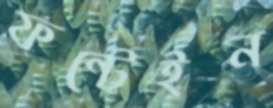
ফন্টেইন